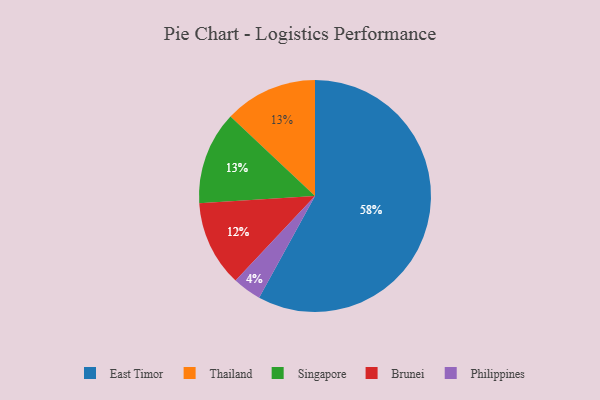
{"axis": {"x": "Category", "y": "Percentage"}, "legend": ["Brunei", "East Timor", "Philippines", "Singapore", "Thailand"], "data": [{"x": "Thailand", "y": 13, "type": "Thailand"}, {"x": "Philippines", "y": 4, "type": "Philippines"}, {"x": "Singapore", "y": 13, "type": "Singapore"}, {"x": "Brunei", "y": 12, "type": "Brunei"}, {"x": "East Timor", "y": 58, "type": "East Timor"}]}